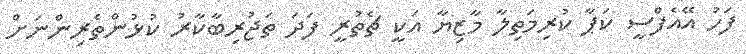
ފަހު އޭއެފްސީ ކަޕާ ކުރިމަތިލާ މާޒިޔާ އަކީ ޗެތުރީ ފަދަ ތަޖުރިބާކާރު ކުޅުންތެރިންނަށް